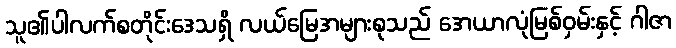
သူ၏ပါလက်စတိုင်းဒေသရှိ လယ်မြေအများစုသည် အေယာလုံမြစ်ဝှမ်းနှင့် ဂါဇာ